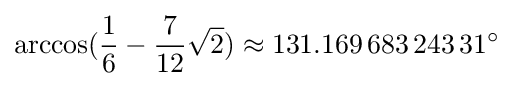
\arccos({\frac {1}{6}}-{\frac {7}{12}}{\sqrt {2}})\approx 131.169\,683\,243\,31^{\circ }